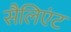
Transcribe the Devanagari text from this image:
सैलिएंट